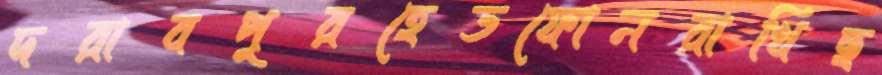
দরাবপুরহেডফোনরাখিছ